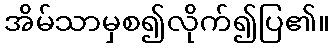
အိမ်သာမှစ၍လိုက်၍ပြ၏။